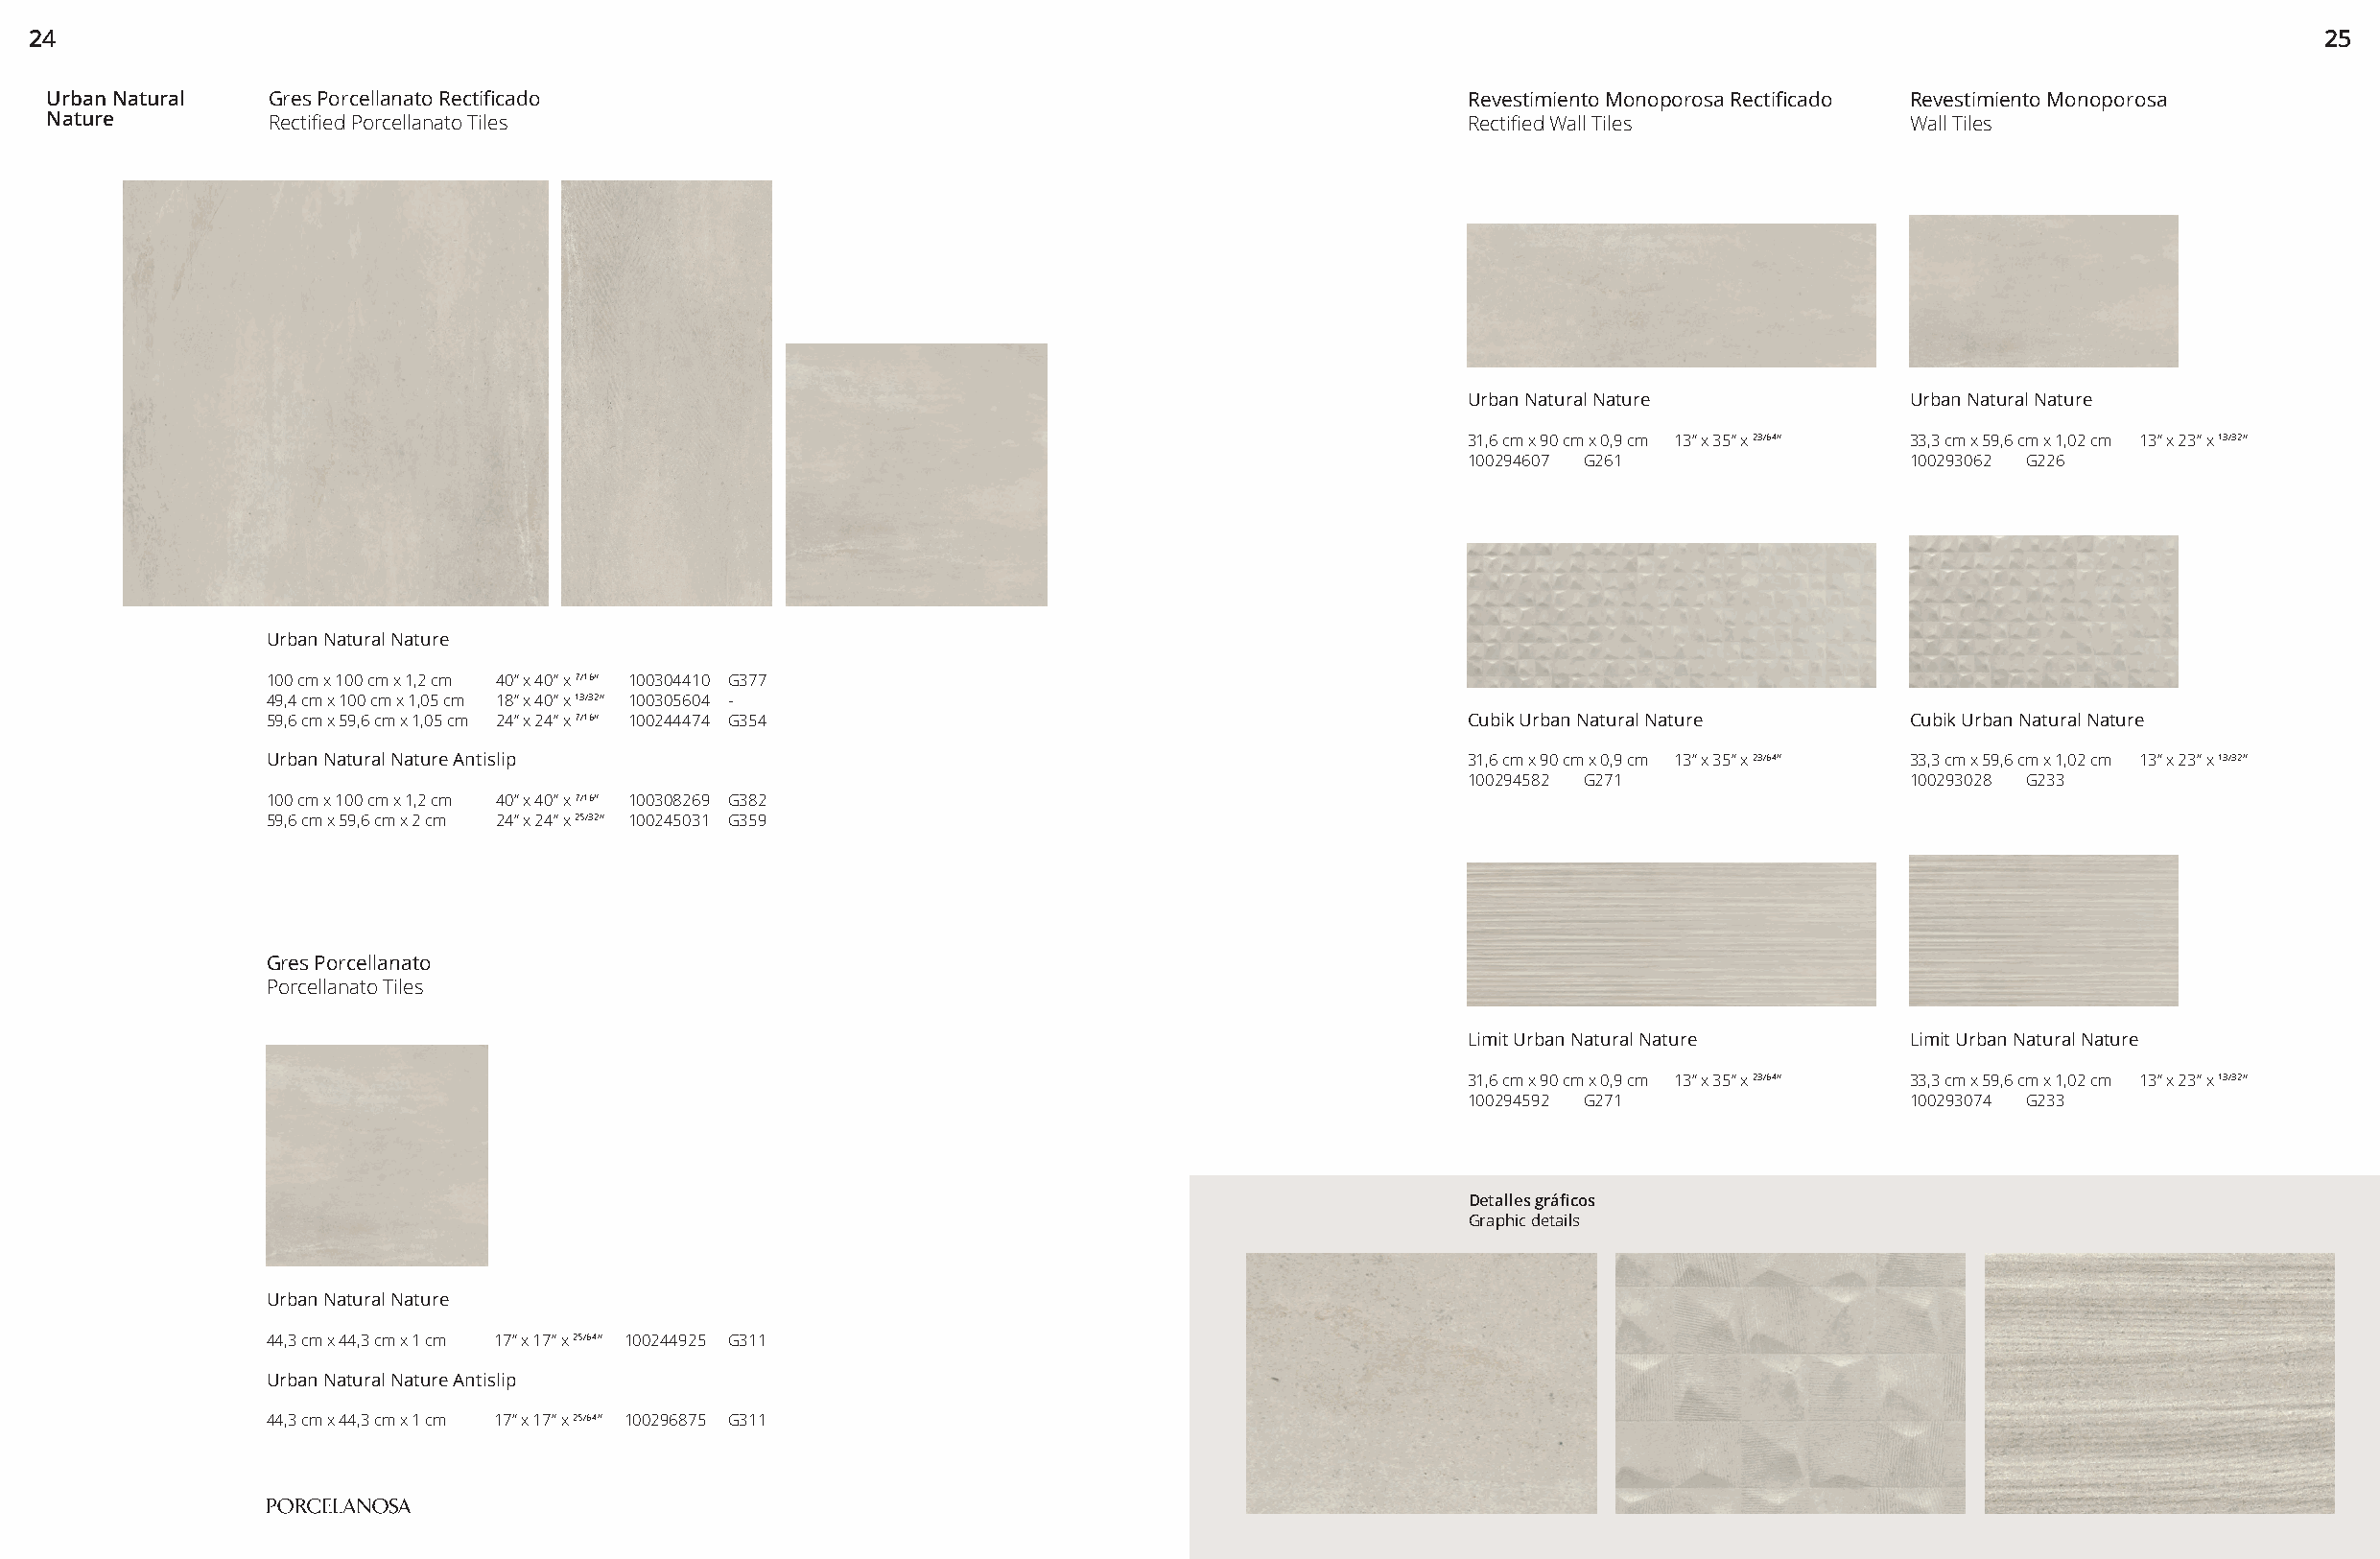
24                                                                                                                                                            2255
 Urban Natural   Gres Porcellanato Rectificado                                                     Revestimiento Monoporosa Rectificado Revestimiento Monoporosa
 Nature          Rectified Porcellanato Tiles                                                      Rectified Wall Tiles           Wall Tiles
 Urban Natural Nature           Urban Natural Nature
 31,6 cm x 90 cm x 0,9 cm 13” x 35” x 23/64” 33,3 cm x 59,6 cm x 1,02 cm 13” x 23” x 13/32”
 100294607 G261                 100293062 G226
 Urban Natural Nature
 100 cm x 100 cm x 1,2 cm 40” x 40” x 7/16” 100304410 G377
 49,4 cm x 100 cm x 1,05 cm 18” x 40” x 13/32” 100305604 -
 59,6 cm x 59,6 cm x 1,05 cm 24” x 24” x 7/16” 100244474 G354                       Cubik Urban Natural Nature     Cubik Urban Natural Nature
 Urban Natural Nature Antislip                                                      31,6 cm x 90 cm x 0,9 cm 13” x 35” x 23/64” 33,3 cm x 59,6 cm x 1,02 cm 13” x 23” x 13/32”
 100294582 G271                 100293028 G233
 100 cm x 100 cm x 1,2 cm 40” x 40” x 7/16” 100308269 G382
 59,6 cm x 59,6 cm x 2 cm 24” x 24” x 25/32” 100245031 G359
 Gres Porcellanato
 Porcellanato Tiles
 Limit Urban Natural Nature     Limit Urban Natural Nature
 31,6 cm x 90 cm x 0,9 cm 13” x 35” x 23/64” 33,3 cm x 59,6 cm x 1,02 cm 13” x 23” x 13/32”
 100294592 G271                 100293074 G233
 Detalles gráficos
 Graphic details
 Urban Natural Nature
 44,3 cm x 44,3 cm x 1 cm 17” x 17” x 25/64” 100244925 G311
 Urban Natural Nature Antislip
 44,3 cm x 44,3 cm x 1 cm 17” x 17” x 25/64” 100296875 G311